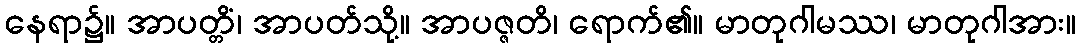
နေရာ၌။ အာပတ္တိံ၊ အာပတ်သို့။ အာပဇ္ဇတိ၊ ရောက်၏။ မာတုဂါမဿ၊ မာတုဂါအား။